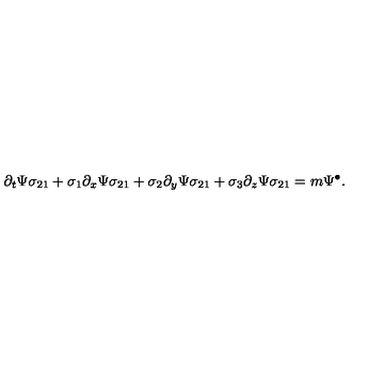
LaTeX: \partial _ { t } \Psi \sigma _ { 2 1 } + \sigma _ { 1 } \partial _ { x } \Psi \sigma _ { 2 1 } + \sigma _ { 2 } \partial _ { y } \Psi \sigma _ { 2 1 } + \sigma _ { 3 } \partial _ { z } \Psi \sigma _ { 2 1 } = m \Psi ^ { \bullet } .